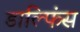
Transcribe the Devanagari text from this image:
डाल्फिंस